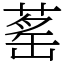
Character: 䔄